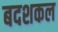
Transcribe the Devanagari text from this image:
बदशकल